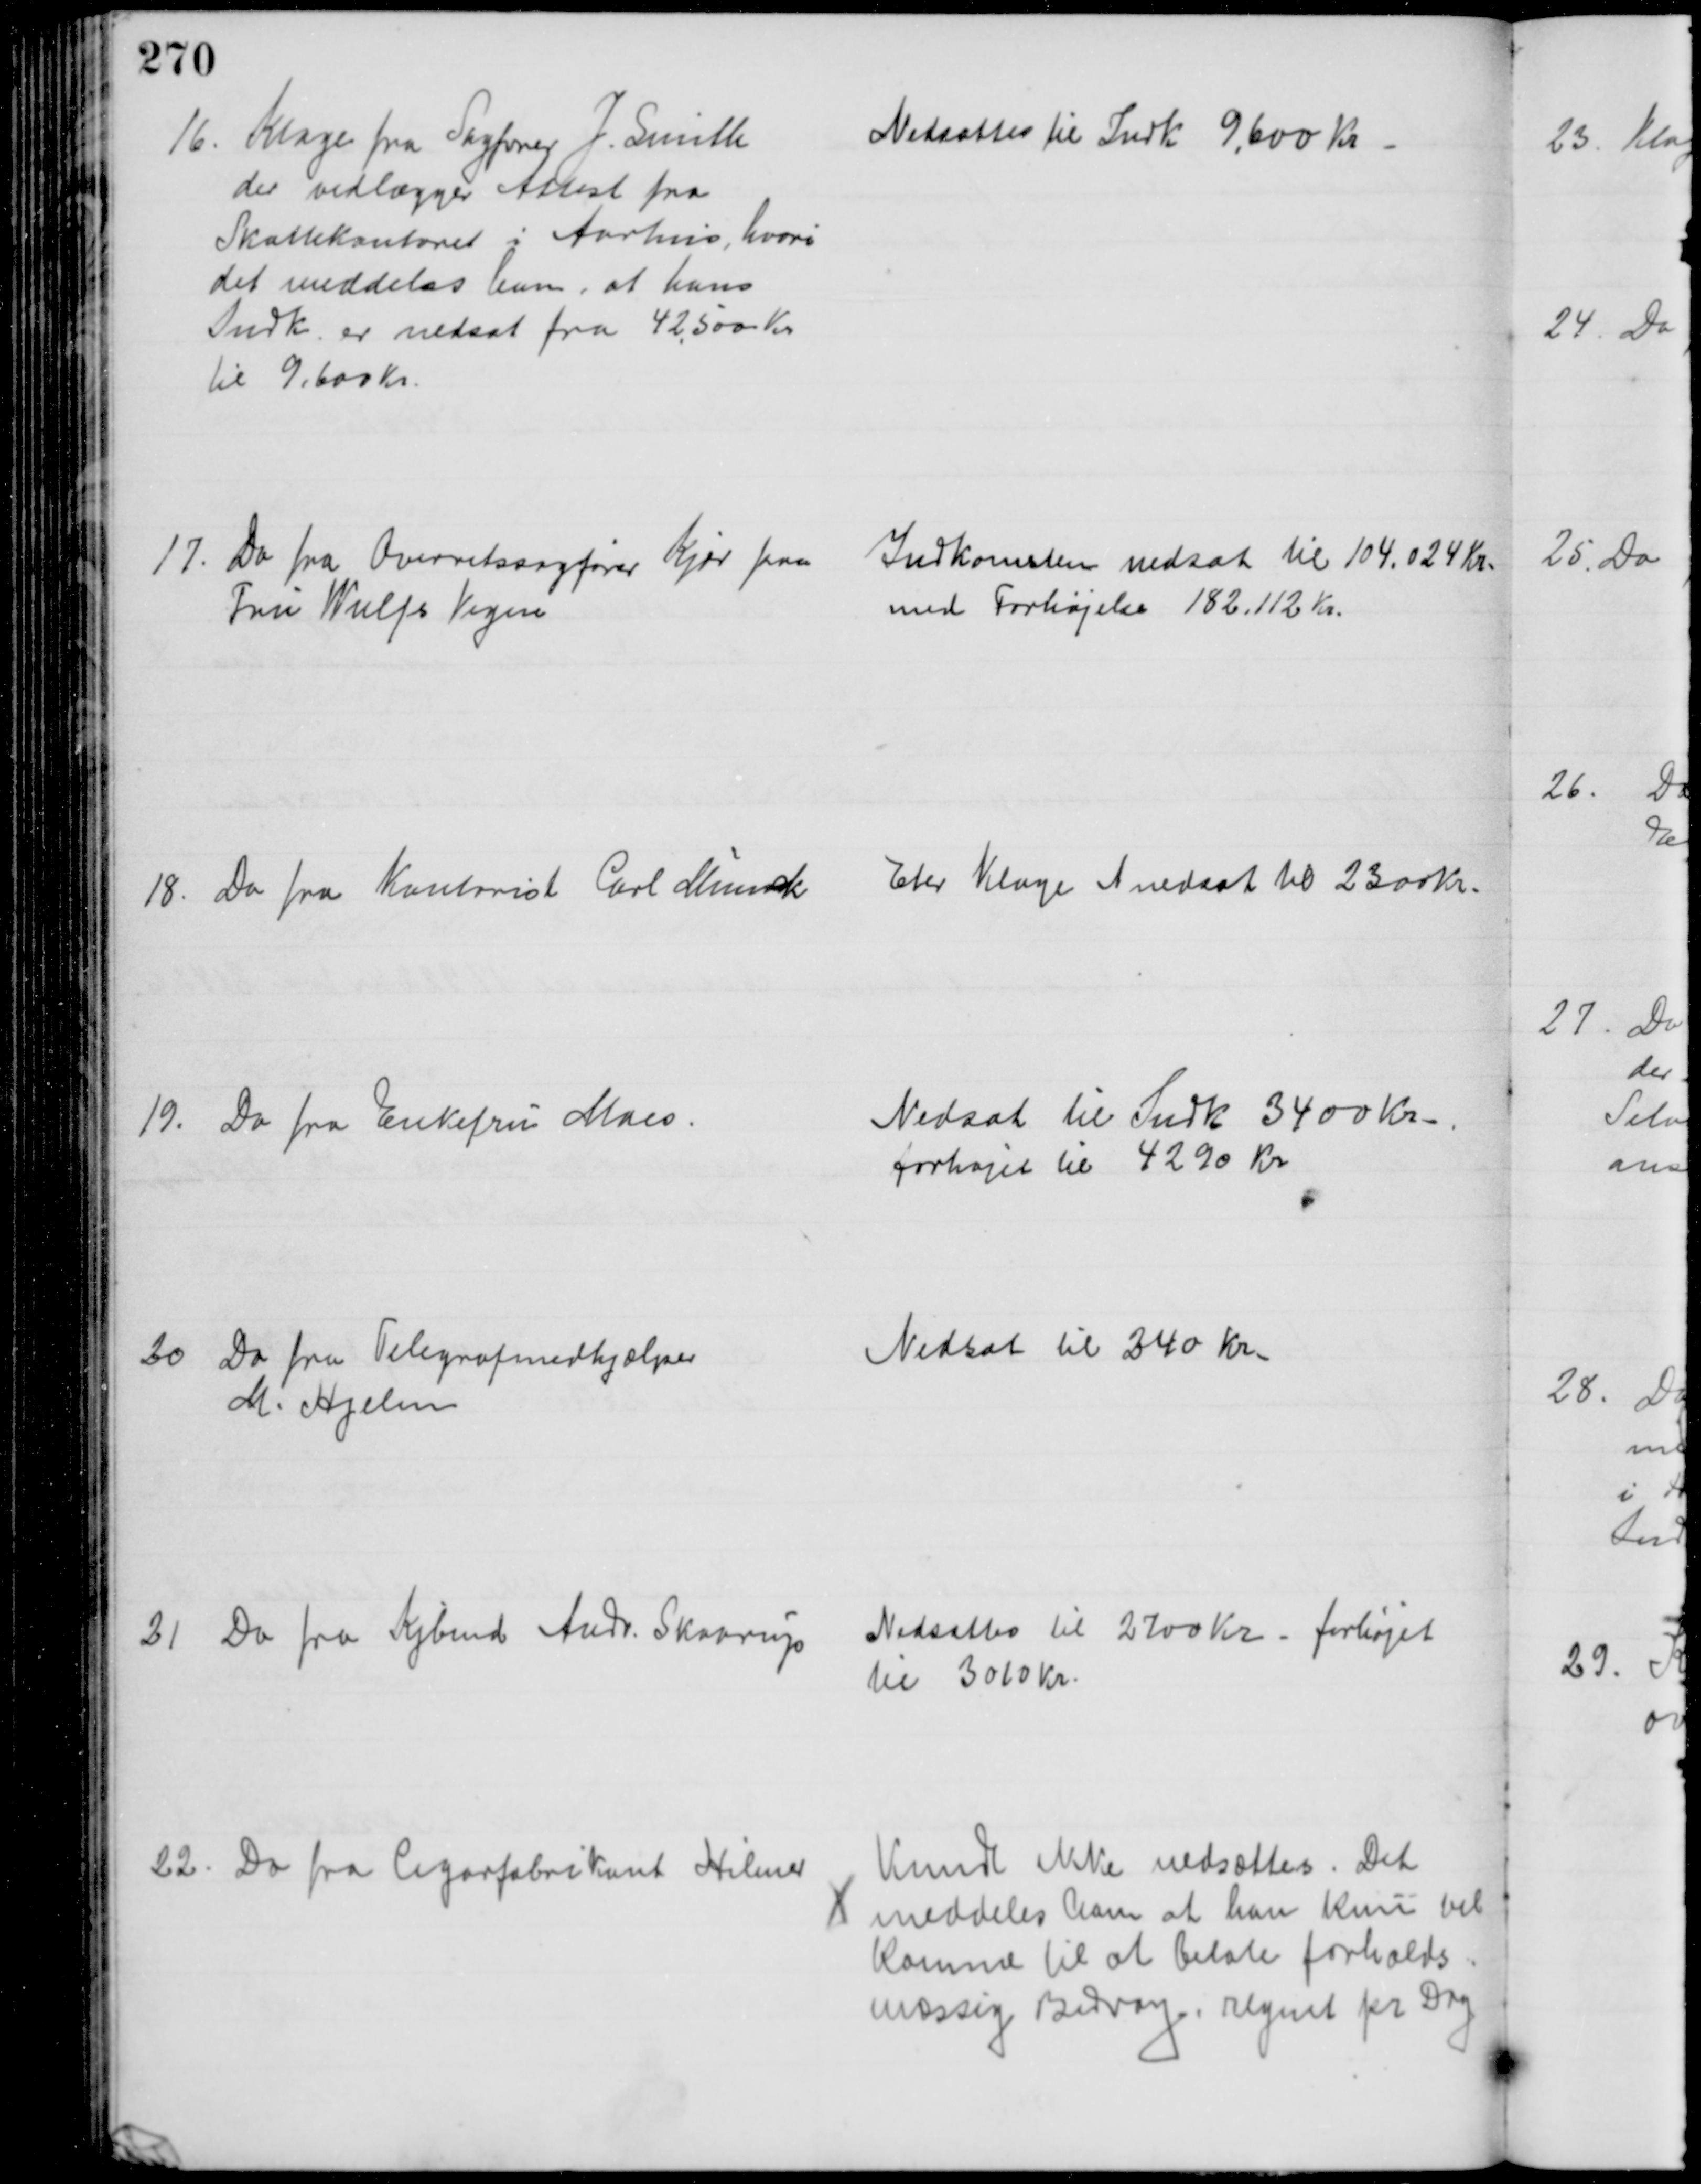
Transskription:
16. Klage fra Sagfører J. Smith
der vedlægger Attest fra
Skattekontoret i Aarhus, hvori
det meddeles ham, at hans
Indk. er nedsat fra 42,500 Kr.
til 9.600 Kr.
Nedsattes til Indk 9,600 Kr
17. Do fra Overretssagfører Kjær paa
Fru Wulfs Vegne
Indkomsten nedsat til 104.024 Kr.
med Forhøjelse 182.112 Kr.
18. Do fra Kontorist Carl Munck 
Eter Klage I nedsat til 2300 Kr.
19. Do fra Enkefru Maes.
Nedsat til Indk. 3400 Kr.
forhøjet til 4290 Kr
20
Do fra Telegrafmedhjælper
M. Hjelm
Nedsat til 240 Kr.
21. Do fra Kjbmd Andr. Skaarup
Nedsattes til 2700 Kr - forhøjet
til 3010 Kr.
22. Do fra Cigarfabrikant Hilmer
Kunde ikke nedsættes. Det
meddeles ham at han kun vil
komme til at betale forholds
mæssig Bidrag, regnet pr Dag